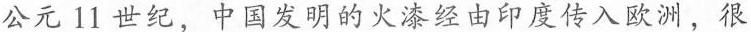
公元11世纪，中国发明的火漆经由印度传入欧洲，很